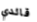
قائدي